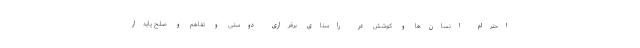
احترام انسان‌ها و کوشش در راستای برقراری دوستی و تفاهم و صلح پایدار